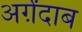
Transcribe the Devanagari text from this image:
अर्ग़ंदाब